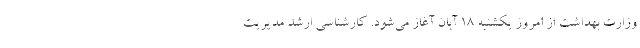
وزارت بهداشت از امروز یکشنبه ۱۸ آبان آغاز می‌شود. کارشناسی ارشد مدیریت